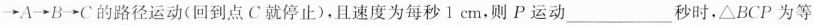
\rightarrow A\rightarrow B\rightarrow C的路径运动(回到点C就停止)，且速度为每秒1cm，则P运动___秒时，\triangle BCP为等